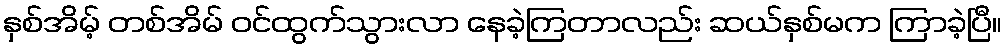
နှစ်အိမ့် တစ်အိမ် ဝင်ထွက်သွားလာ နေခဲ့ကြတာလည်း ဆယ်နှစ်မက ကြာခဲ့ပြီ။